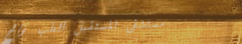
مستشفى المستقبل للطب والج